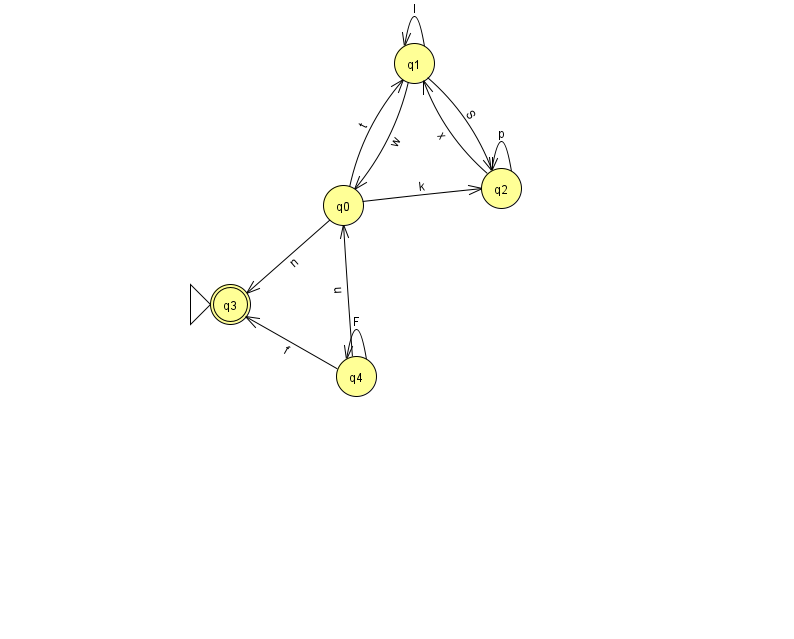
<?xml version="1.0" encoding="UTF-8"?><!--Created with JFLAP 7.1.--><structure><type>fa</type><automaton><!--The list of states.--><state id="0" name="q0"><x>343.0</x><y>192.0</y></state><state id="1" name="q1"><x>414.0</x><y>50.0</y></state><state id="2" name="q2"><x>501.0</x><y>175.0</y></state><state id="3" name="q3"><x>230.0</x><y>291.0</y><initial/><final/></state><state id="4" name="q4"><x>356.0</x><y>363.0</y></state><!--The list of transitions.--><transition><from>1</from><to>2</to><read>S</read></transition><transition><from>2</from><to>2</to><read>p</read></transition><transition><from>1</from><to>0</to><read>w</read></transition><transition><from>0</from><to>1</to><read>t</read></transition><transition><from>4</from><to>4</to><read>F</read></transition><transition><from>1</from><to>1</to><read>I</read></transition><transition><from>2</from><to>1</to><read>x</read></transition><transition><from>4</from><to>3</to><read>f</read></transition><transition><from>0</from><to>2</to><read>k</read></transition><transition><from>0</from><to>3</to><read>n</read></transition><transition><from>4</from><to>0</to><read>u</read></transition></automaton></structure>